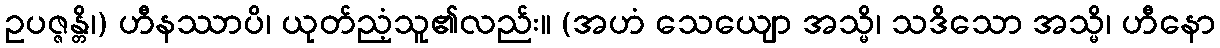
ဥပဇ္ဇန္တိ၊) ဟီနဿာပိ၊ ယုတ်ညံ့သူ၏လည်း။ (အဟံ သေယျော အသ္မိ၊ သဒိသော အသ္မိ၊ ဟီနော